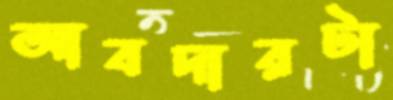
আবদারটা